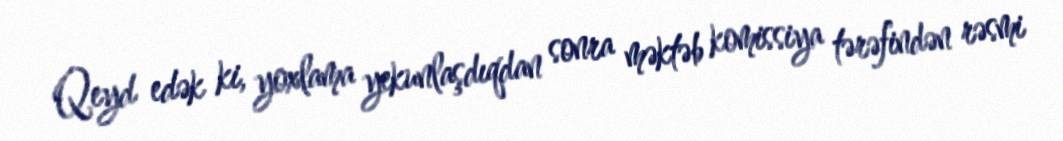
Qeyd edək ki, yoxlama yekunlaşdıqdan sonra məktəb komissiya tərəfindən rəsmi